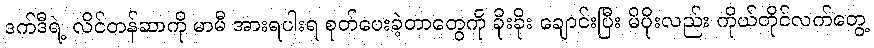
ဒက်ဒီရဲ့ လိင်တန်ဆာကို မာမီ အားရပါးရ စုတ်ပေးခဲ့တာတွေကို ခိုးခိုး ချောင်းပြီး မိပိုးလည်း ကိုယ်တိုင်လက်တွေ့